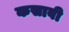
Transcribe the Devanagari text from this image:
कसावी